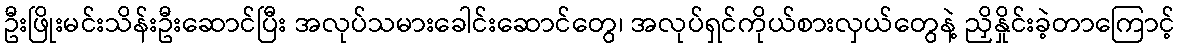
ဦးဖြိုးမင်းသိန်းဦးဆောင်ပြီး အလုပ်သမားခေါင်းဆောင်တွေ၊ အလုပ်ရှင်ကိုယ်စားလှယ်တွေနဲ့ ညှိနှိုင်းခဲ့တာကြောင့်